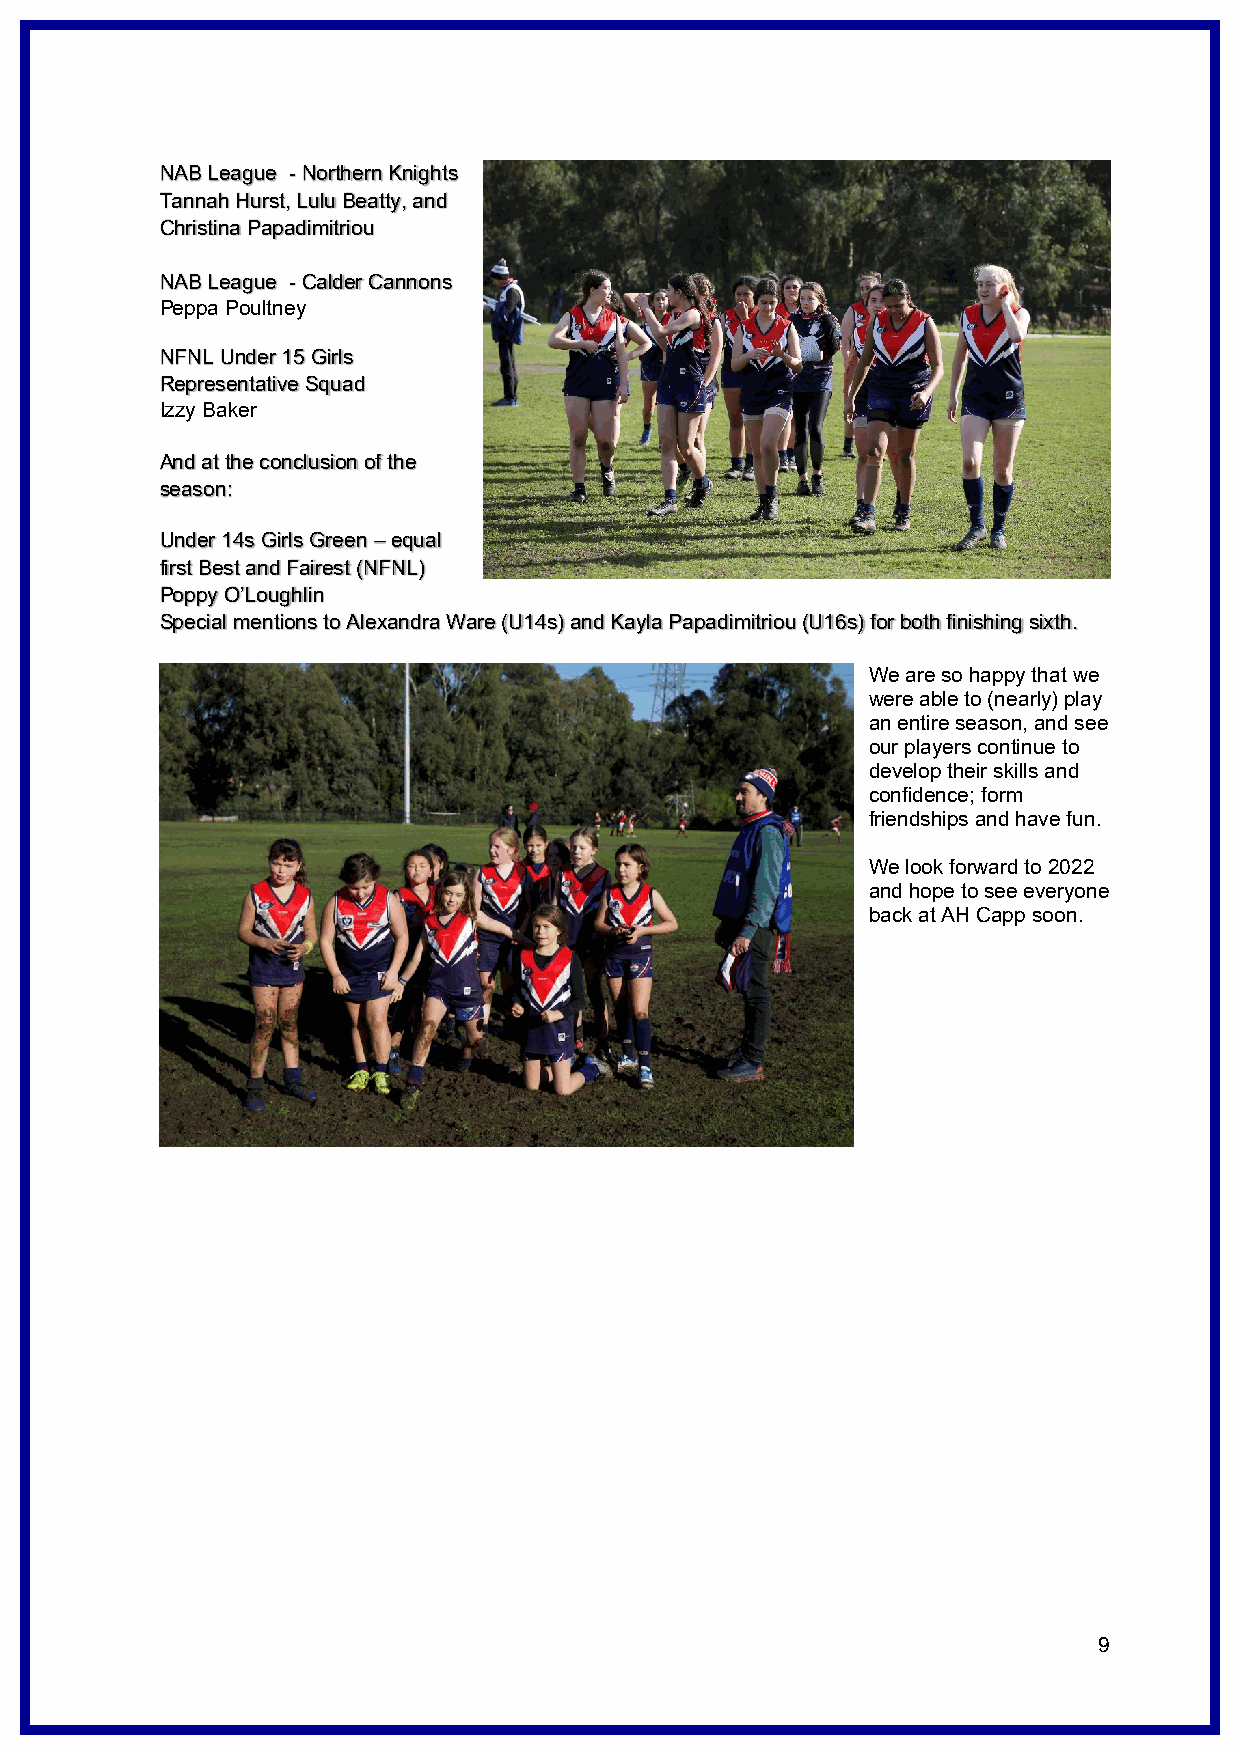
NAB League - Northern Knights
 Tannah Hurst, Lulu Beatty, and
 Christina Papadimitriou
 NAB League - Calder Cannons
 Peppa Poultney
 NFNL Under 15 Girls
 Representative Squad
 Izzy Baker
 And at the conclusion of the
 season:
 Under 14s Girls Green – equal
 first Best and Fairest (NFNL)
 Poppy O’Loughlin
 Special mentions to Alexandra Ware (U14s) and Kayla Papadimitriou (U16s) for both finishing sixth.
 We are so happy that we
 were able to (nearly) play
 an entire season, and see
 our players continue to
 develop their skills and
 confidence; form
 friendships and have fun.
 We look forward to 2022
 and hope to see everyone
 back at AH Capp soon.
 9